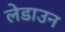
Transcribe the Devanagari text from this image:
लेडाउन